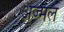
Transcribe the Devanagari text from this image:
अज्मल